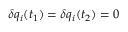
\delta q _ { i } ( t _ { 1 } ) = \delta q _ { i } ( t _ { 2 } ) = 0